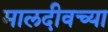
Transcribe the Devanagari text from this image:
मालदीवच्या